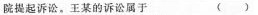
院提起诉讼。王某的诉讼属于 ( )